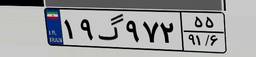
۱۹گ۹۷۲۵۵